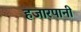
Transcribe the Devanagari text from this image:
हजारपानी